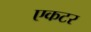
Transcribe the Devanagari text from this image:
एकटर